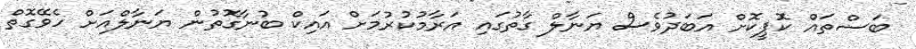
ބަސްތައް ކޮޕީކޮށް އަބަދުވެސް ޔަނާލް ގާތުގައި އަރާމުކުރުމަށް އައިކް ބުނާގޮތުން ޔަނާލްއަށް ހެވޭގޮތް